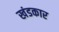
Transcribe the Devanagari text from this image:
खंडकार